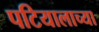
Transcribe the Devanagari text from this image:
पटियालाच्या